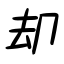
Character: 却